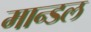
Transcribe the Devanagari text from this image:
मान्डल